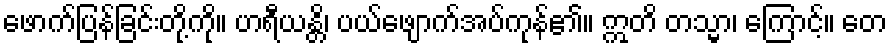
ဖောက်ပြန်ခြင်းတို့ကို။ ဟရီယန္တိ၊ ပယ်ဖျောက်အပ်ကုန်၏။ ဣတိ တသ္မာ၊ ကြောင့်။ တေ